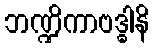
ဘဏ္ဍိကာဗဒ္ဓါနိ